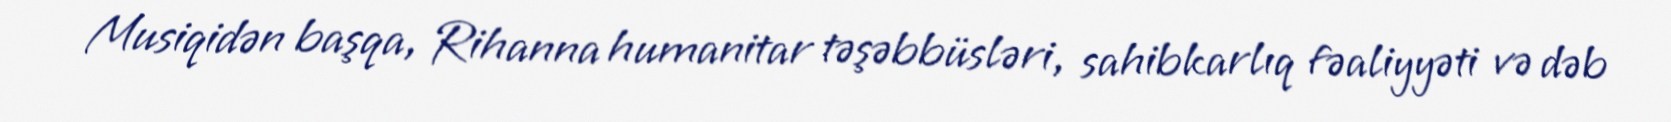
Musiqidən başqa, Rihanna humanitar təşəbbüsləri, sahibkarlıq fəaliyyəti və dəb